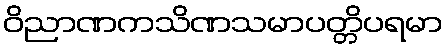
ဝိညာဏကသိဏသမာပတ္တိပရမာ